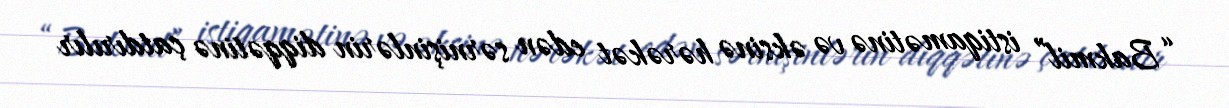
“Bakmil” istiqamətinə və əksinə hərəkət edən sərnişinlərin diqqətinə çatdırılır